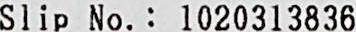
SLIP NO.: 1020313836